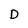
Character: D